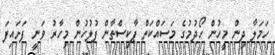
ހަމަލާ ދިން މީހުން ހޯދުމުގެ މަސައްކަތް ޕާކިސްތާން ފުލުހުން މިހާރު ވަނީ ފަށައިފަ